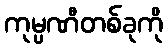
ကုမ္ပဏီတစ်ခုကို